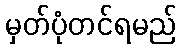
မှတ်ပုံတင်ရမည်